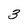
Character: 3